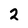
Character: 2